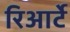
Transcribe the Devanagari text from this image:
रिआर्टे